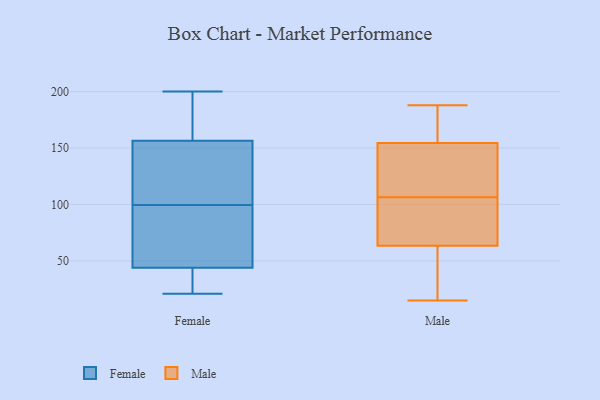
{"axis": {"x": "Bounce Rate (%)", "y": "Value"}, "legend": ["Female", "Male"], "data": [{"x": "", "y": 127, "type": "Female"}, {"x": "", "y": 30, "type": "Female"}, {"x": "", "y": 89, "type": "Female"}, {"x": "", "y": 80, "type": "Female"}, {"x": "", "y": 104, "type": "Female"}, {"x": "", "y": 167, "type": "Female"}, {"x": "", "y": 32, "type": "Female"}, {"x": "", "y": 43, "type": "Female"}, {"x": "", "y": 30, "type": "Female"}, {"x": "", "y": 21, "type": "Female"}, {"x": "", "y": 200, "type": "Female"}, {"x": "", "y": 187, "type": "Female"}, {"x": "", "y": 145, "type": "Female"}, {"x": "", "y": 199, "type": "Female"}, {"x": "", "y": 95, "type": "Female"}, {"x": "", "y": 75, "type": "Female"}, {"x": "", "y": 45, "type": "Female"}, {"x": "", "y": 107, "type": "Female"}, {"x": "", "y": 149, "type": "Female"}, {"x": "", "y": 164, "type": "Female"}, {"x": "", "y": 123, "type": "Male"}, {"x": "", "y": 154, "type": "Male"}, {"x": "", "y": 67, "type": "Male"}, {"x": "", "y": 72, "type": "Male"}, {"x": "", "y": 76, "type": "Male"}, {"x": "", "y": 161, "type": "Male"}, {"x": "", "y": 60, "type": "Male"}, {"x": "", "y": 188, "type": "Male"}, {"x": "", "y": 162, "type": "Male"}, {"x": "", "y": 90, "type": "Male"}, {"x": "", "y": 150, "type": "Male"}, {"x": "", "y": 47, "type": "Male"}, {"x": "", "y": 155, "type": "Male"}, {"x": "", "y": 139, "type": "Male"}, {"x": "", "y": 15, "type": "Male"}, {"x": "", "y": 41, "type": "Male"}]}